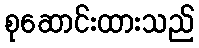
စုဆောင်းထားသည်